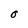
Character: O